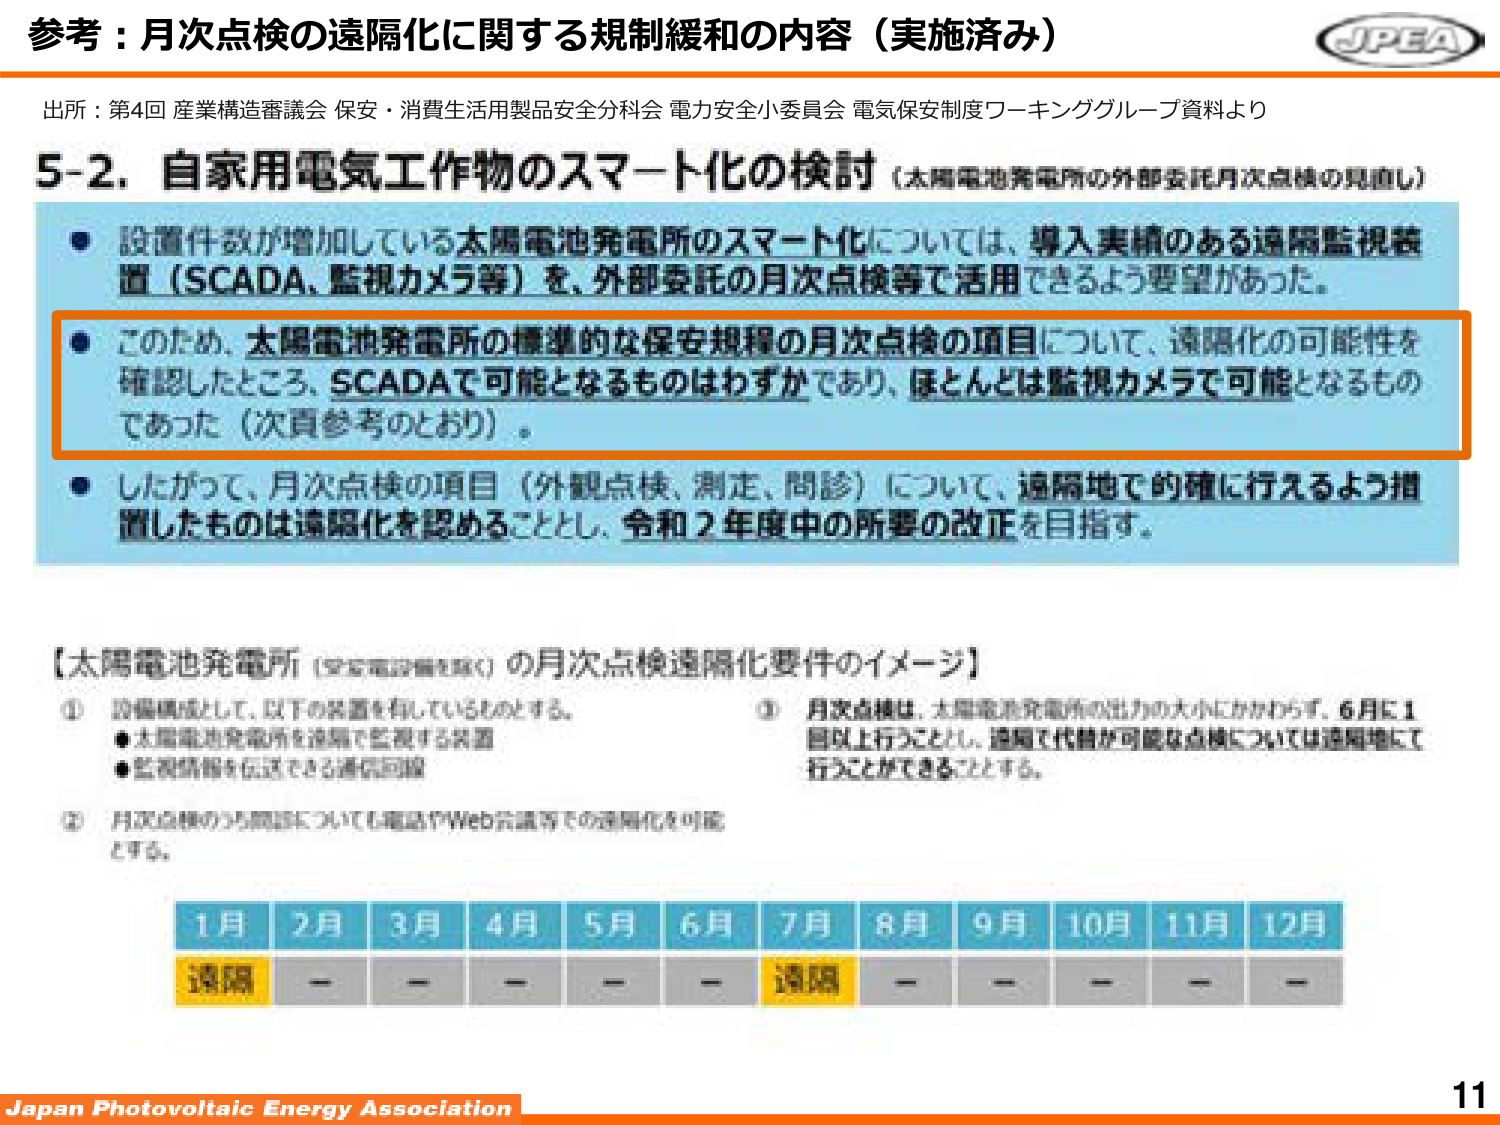
参考：月次点検の遠隔化に関する規制緩和の内容（実施済み）

出所：第4回 産業構造審議会 保安・消費生活用製品安全分科会 電力安全小委員会 電気保安制度ワーキンググループ資料より

5-2. 自家用電気工作物のスマート化の検討（太陽電池発電所の外部委託月次点検の見直し）

● 設置件数が増加している太陽電池発電所のスマート化については、導入実績のある遠隔監視装置（SCADA、監視カメラ等）を、外部委託の月次点検等で活用できるよう要望があった。

● このため、太陽電池発電所の標準的な保安規程の月次点検の項目について、遠隔化の可能性を確認したところ、SCADAで可能となるものはわずかであり、ほとんどは監視カメラで可能となるものであった（次頁参考のとおり）。

● したがって、月次点検の項目（外観点検、測定、問診）について、遠隔地で的確に行えるよう措置したものは遠隔化を認めることとし、令和2年度中の所要の改正を目指す。

【太陽電池発電所（安全電設備を除く）の月次点検遠隔化要件のイメージ】

① 設備構成として、以下の装置を有しているものとする。
● 太陽電池発電所を遠隔で監視する装置
● 監視情報を伝送できる通信回線

② 月次点検のうち問診についても電話やWeb会議等での遠隔化を可能とする。

③ 月次点検は、太陽電池発電所の出力の大小にかかわらず、6月に1回以上行うこととし、遠隔で代替が可能な点検については遠隔地にて行うことができる。

1月 2月 3月 4月 5月 6月 7月 8月 9月 10月 11月 12月
遠隔 - - - - - 遠隔 - - - - -

Japan Photovoltaic Energy Association
11